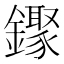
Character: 𬬒